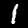
Label: 1